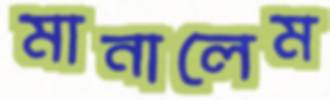
মানালেম